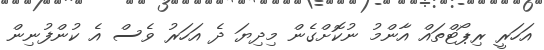
އަހަރީ ރިޕޯޓްތައް އާންމު ނުކޮށްގެން މިދިޔަ ދެ އަހަރު ވެސް އެ ކުންފުނިން